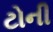
ટોની